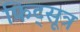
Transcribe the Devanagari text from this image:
फिट्सूत्र